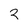
Character: 2